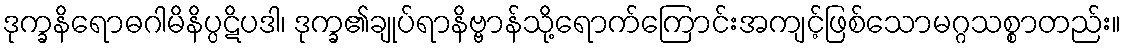
ဒုက္ခနိရောဓဂါမိနိပ္ပဋိပဒါ၊ ဒုက္ခ၏ချုပ်ရာနိဗ္ဗာန်သို့ရောက်ကြောင်းအကျင့်ဖြစ်သောမဂ္ဂသစ္စာတည်း။